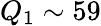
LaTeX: Q_{1}\sim 59